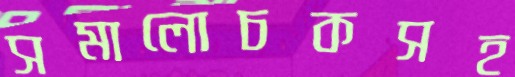
সমালোচকসহ